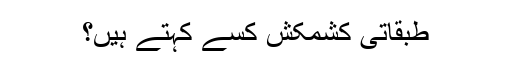
طبقاتی کشمکش کسے کہتے ہیں؟